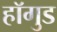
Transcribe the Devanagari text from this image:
हॉगुड